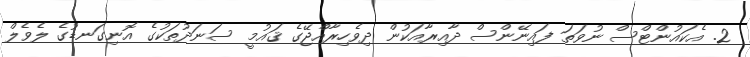
2. އެކައުންޓްސް ނުވަތަ ފައިނޭންސް ދާއިރާއަކުން ދިވެހިރާއްޖޭގެ ޤައުމީ ސަނަދުތަކުގެ އޮނިގަނޑުގެ ލެވެލް